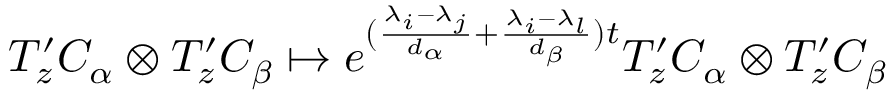
T _ { z } ^ { \prime } C _ { \alpha } \otimes T _ { z } ^ { \prime } C _ { \beta } \mapsto e ^ { ( \frac { \lambda _ { i } - \lambda _ { j } } { d _ { \alpha } } + \frac { \lambda _ { i } - \lambda _ { l } } { d _ { \beta } } ) t } T _ { z } ^ { \prime } C _ { \alpha } \otimes T _ { z } ^ { \prime } C _ { \beta }